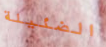
الضئيلة